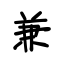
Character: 兼